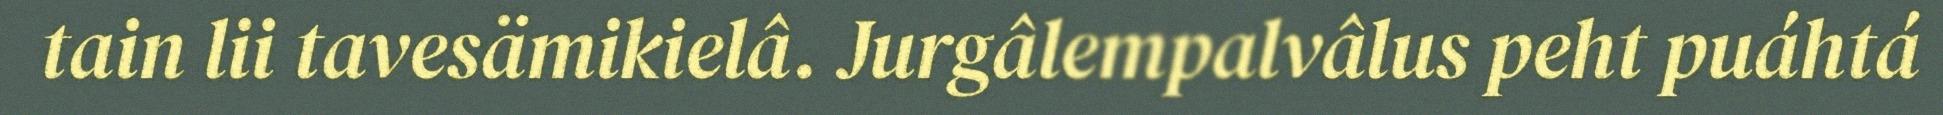
tain lii tavesämikielâ. Jurgâlempalvâlus peht puáhtá